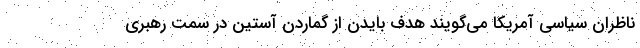
ناظران سیاسی آمریکا می‌گویند هدف بایدن از گماردن آستین در سمت رهبری